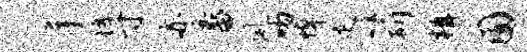
手裤寸亦番夙吻悼足箭楫囿